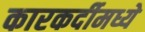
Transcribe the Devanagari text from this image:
कारकर्दीमध्ये